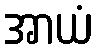
အာယံ